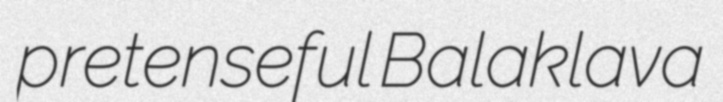
pretenseful Balaklava